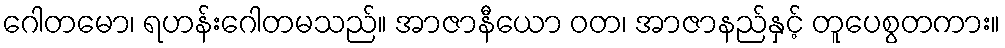
ဂေါတမော၊ ရဟန်းဂေါတမသည်။ အာဇာနီယော ဝတ၊ အာဇာနည်နှင့် တူပေစွတကား။